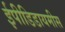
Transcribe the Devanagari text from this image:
ईपीडिडायमीस